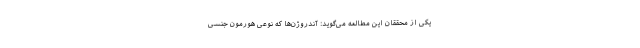
یکی از محققان این مطالعه می‌گوید: آندروژن‌ها که نوعی هورمون جنسی